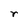
Character: r